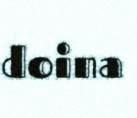
doina